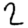
Digit: 2